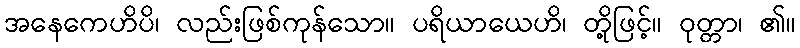
အနေကေဟိပိ၊ လည်းဖြစ်ကုန်သော။ ပရိယာယေဟိ၊ တို့ဖြင့်။ ဝုတ္တာ၊ ၏။